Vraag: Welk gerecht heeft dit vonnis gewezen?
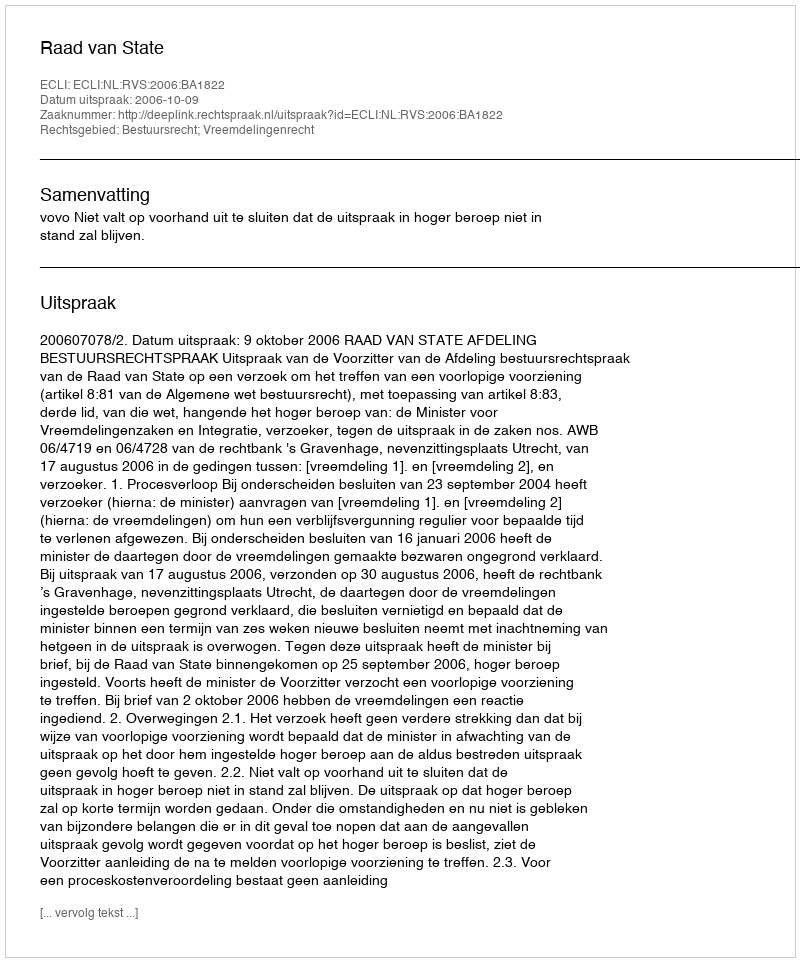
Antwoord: Raad van State